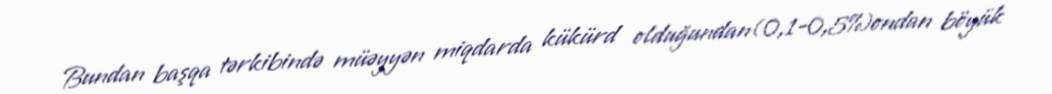
Bundan başqa tərkibində müəyyən miqdarda kükürd olduğundan(0,1–0,5%)ondan böyük